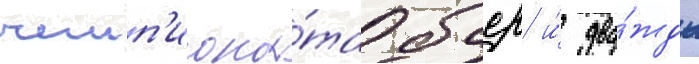
чемп'иона́та бсср и́ два́жды